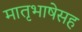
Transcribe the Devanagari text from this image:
मातृभाषेसह